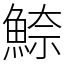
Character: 䱞